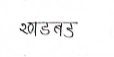
मजकूर: खडबड